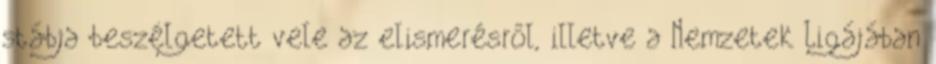
stábja beszélgetett vele az elismerésről, illetve a Nemzetek Ligájában